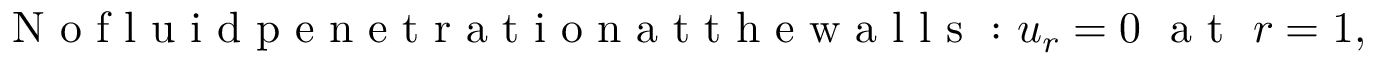
\mathrm { ~ N ~ o ~ f ~ l ~ u ~ i ~ d ~ p ~ e ~ n ~ e ~ t ~ r ~ a ~ t ~ i ~ o ~ n ~ a ~ t ~ t ~ h ~ e ~ w ~ a ~ l ~ l ~ s ~ : ~ } u _ { r } = 0 ~ \mathrm { ~ a ~ t ~ } ~ r = 1 ,